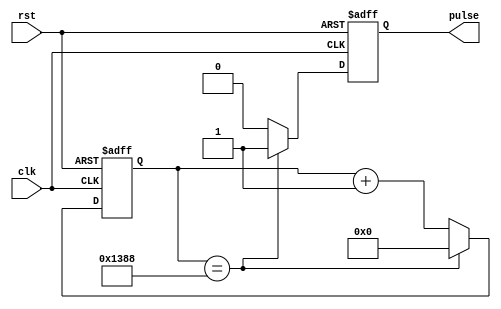
module Pulse_Generator(
    input wire clk,
    input wire rst,
    output reg pulse
);

reg [15:0] count;
reg [15:0] compare_value = 5000;  // Desired pulse width or period

always @(posedge clk or posedge rst) begin
    if (rst) begin
        count <= 0;
        pulse <= 0;
    end else begin
        if (count == compare_value) begin
            count <= 0;
            pulse <= 1;
        end else begin
            count <= count + 1;
            pulse <= 0;
        end
    end
end

endmodule